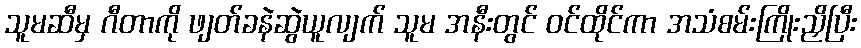
သူမဆီမှ ဂီတာကို ဖျတ်ခနဲဆွဲယူလျက် သူမ အနီးတွင် ဝင်ထိုင်ကာ အသံစမ်းကြိုးညှိပြီး